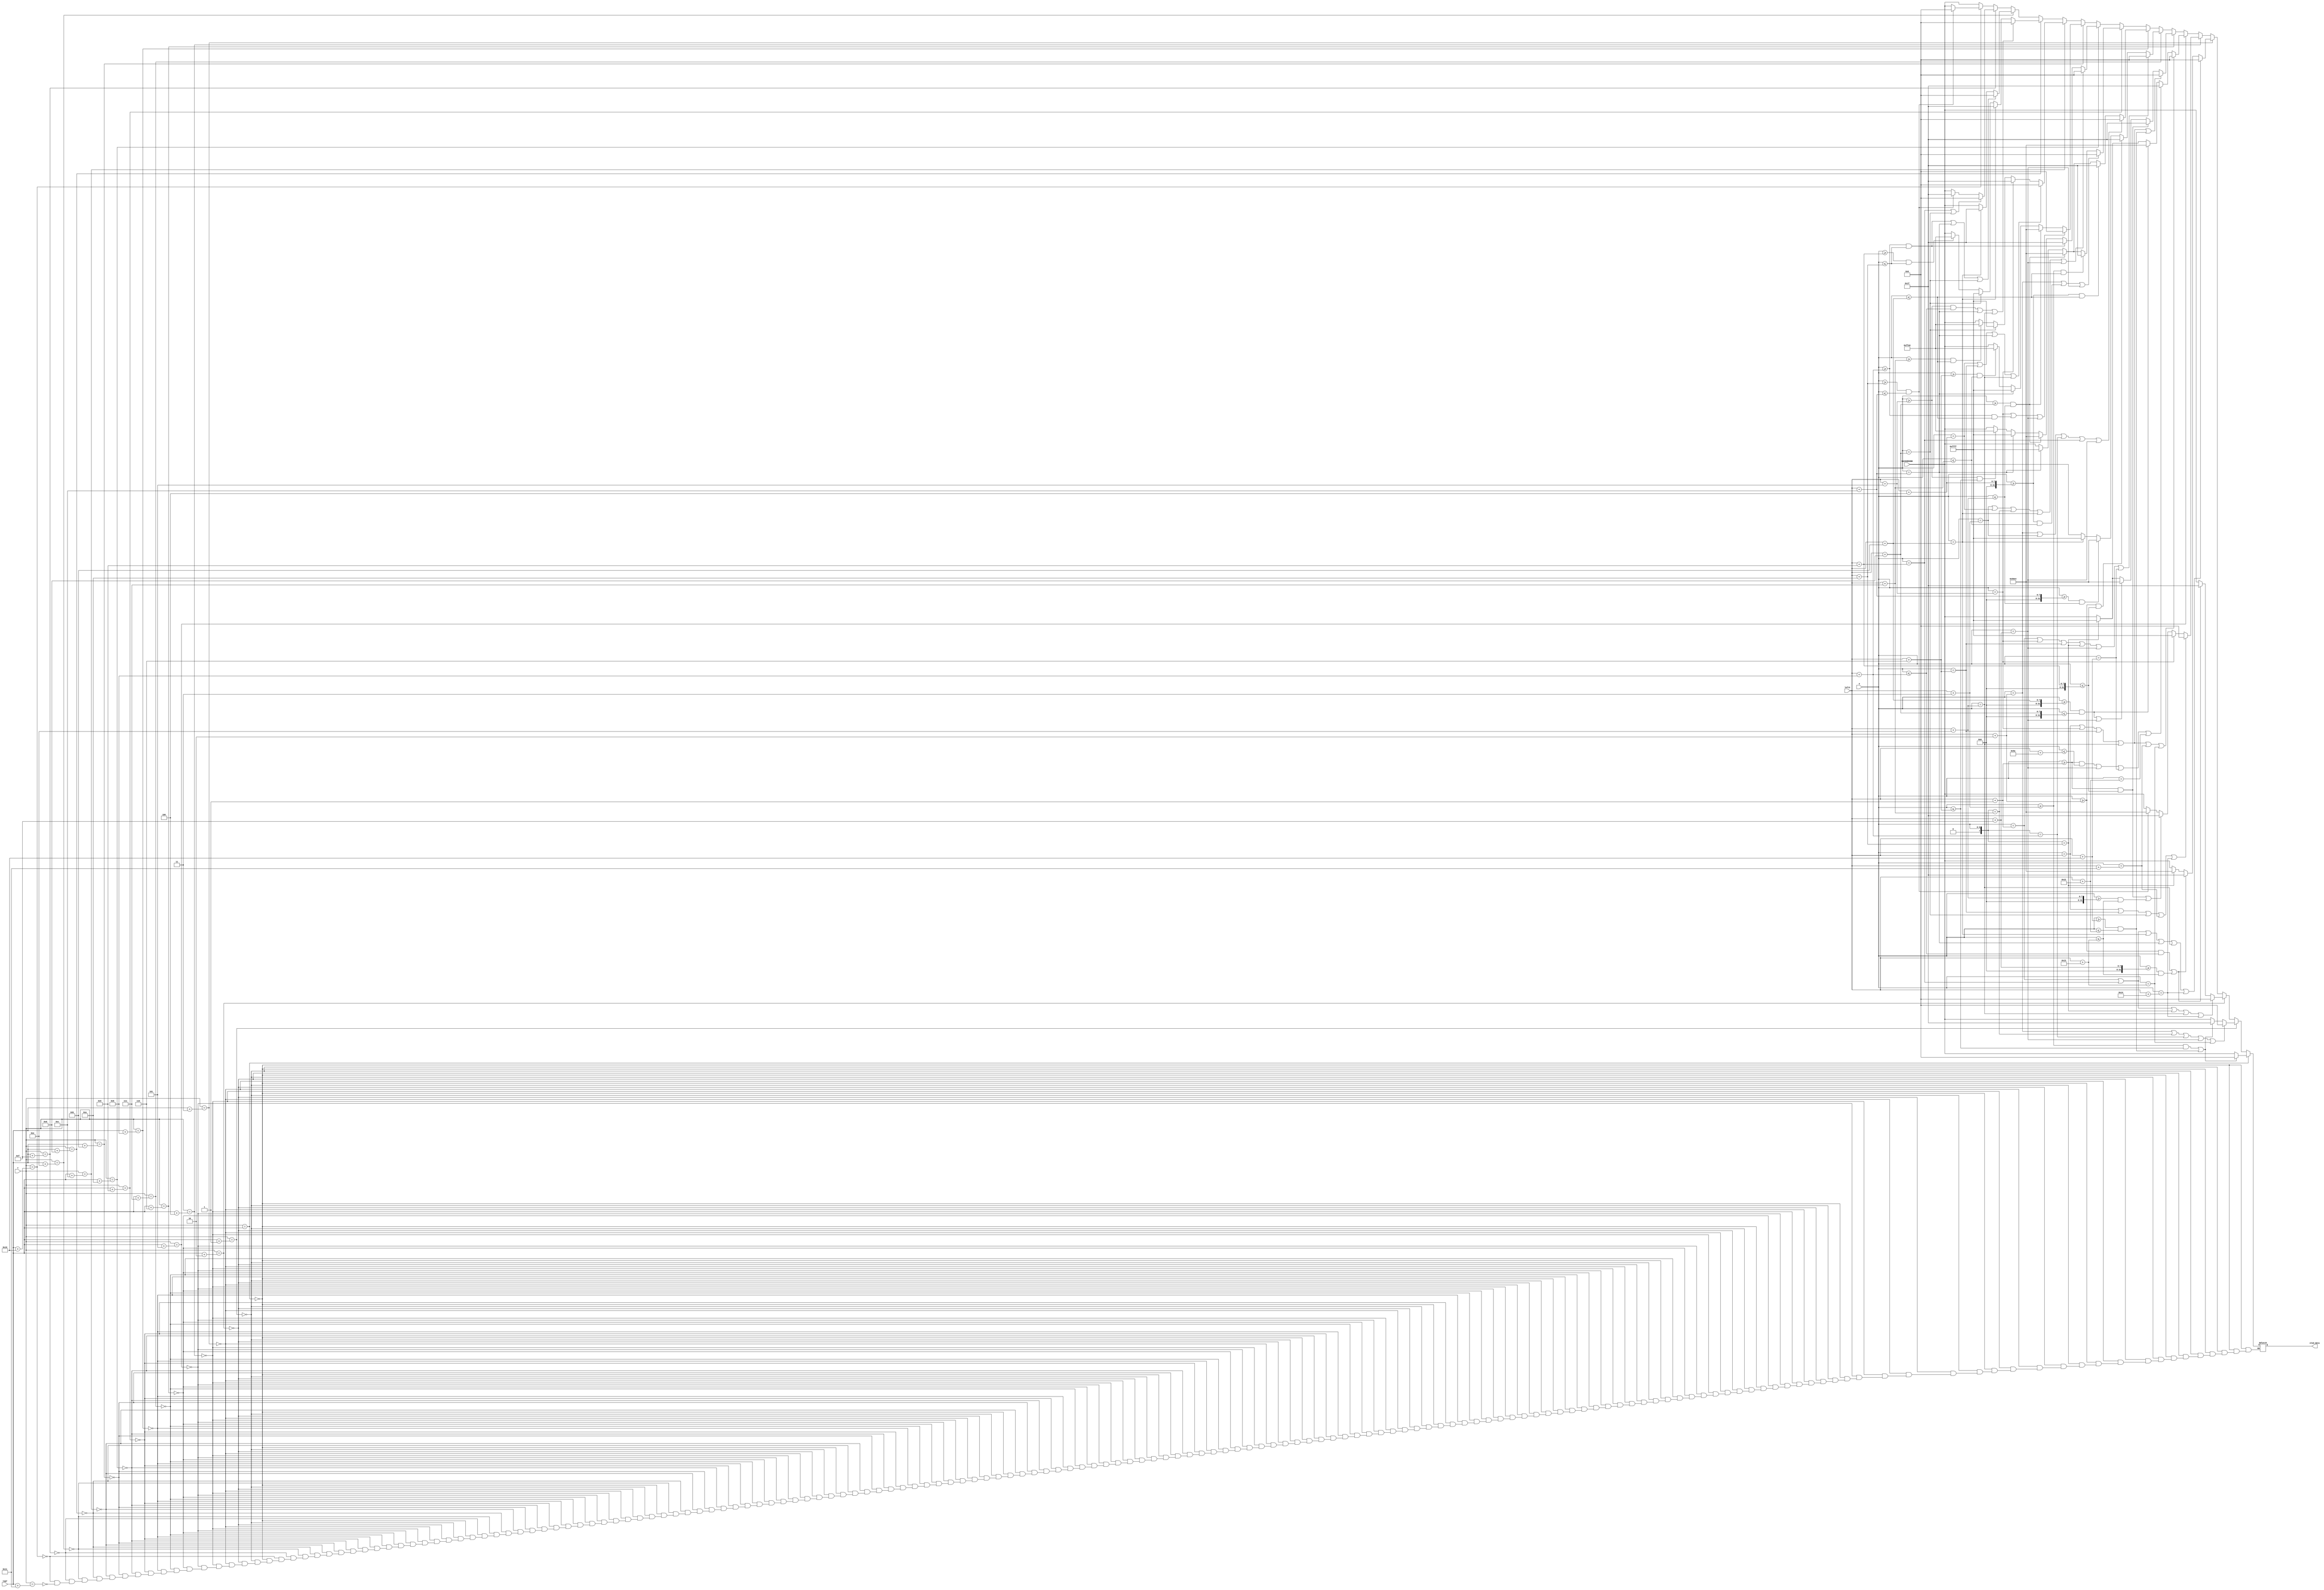
`timescale 1ns / 1ps
//////////////////////////////////////////////////////////////////////////////////
// Company: 
// Engineer: 
// 
// Design Name: 
// Module Name: Squirtle
// Project Name: 
// Target Devices: 
// Tool Versions: 
// Description: 
// 
// Dependencies: 
// 
// Revision:
// Revision 0.01 - File Created
// Additional Comments:
// 
//////////////////////////////////////////////////////////////////////////////////


module Squirtle(
    input[6:0] X, 
    input [5:0] Y, 
    input [6:0] leftX,  
    input [5:0] topY, 
    input [15:0] BACKGROUND,
    output reg [15:0] oled_data = 16'b0
    );
    parameter[15:0] BLACK  = 16'b0;
    parameter[15:0] WHITE = 16'b11111_111111_11111;
    parameter[15:0] MAGENTA = 16'b11111_000000_11111;
    parameter[15:0] CYAN = 16'b00000_111111_11111;
    parameter[15:0] YELLOW = 16'b11111_111111_00000;
    parameter[15:0] GREEN = 16'b00000_111111_00000;
    parameter[15:0] RED = 16'b11111_000000_00000;
    parameter[15:0] BLUE = 16'b00000_000000_11111;
    parameter[15:0] ORANGE = 16'b11111_100110_00000;
    parameter[15:0] GREY = 16'b01100_011000_01100;
    parameter[15:0] BROWN = 16'b01010_000111_00100;
    
    always @(X or Y) begin
        if (Y == topY) begin
            if ( (X >= leftX + 3 && X <= leftX + 6) || (X >= leftX + 16 && X <= leftX + 18)) oled_data = BLACK;
            else oled_data = BACKGROUND;
        end else if (Y == topY + 1) begin
            if (X == leftX + 2 || X == leftX + 7 || X == leftX + 8 || X == leftX + 15 || X == leftX + 19) oled_data = BLACK;
            else if ((X >= leftX + 3 && X <= leftX + 6) || (X >= leftX + 16 && X <= leftX + 18)) oled_data = BLUE;
            else oled_data = BACKGROUND;
        end else if (Y == topY + 2) begin
            if (X == leftX + 1 || X == leftX + 9 || X == leftX + 10 || X == leftX + 14 || X == leftX + 20) oled_data = BLACK;
            else if ((X >= leftX + 2 && X <= leftX + 8) || (X >= leftX + 15 && X <= leftX + 19)) oled_data = BLUE;
            else oled_data = BACKGROUND;
        end else if (Y == topY + 3) begin
            if (X == leftX + 1 || X == leftX + 9 || X == leftX + 11 || X == leftX + 12 || X == leftX + 14 || X == leftX + 20) oled_data = BLACK;
            else if ((X >= leftX + 2 && X <= leftX + 8) || (X >= leftX + 15 && X <= leftX + 19)) oled_data = BLUE;
            else if (X == leftX + 10) oled_data = BROWN;
            else oled_data = BACKGROUND;
        end else if (Y == topY + 4) begin
            if (X == leftX || X == leftX + 6 || X == leftX + 13 || X == leftX + 17 || X == leftX + 20) oled_data = BLACK;
            else if (X == leftX + 5) oled_data = WHITE;
            else if ((X >= leftX + 1 && X <= leftX + 9) ||  (X >= leftX + 14 && X <= leftX + 19)) oled_data = BLUE;
            else if (X >= leftX + 10 && X <= leftX + 12) oled_data = BROWN;
            else oled_data = BACKGROUND;
        end else if (Y == topY + 5) begin
            if (X == leftX || X == leftX + 5 || X == leftX + 6 || X == leftX + 14 || X == leftX + 17 || X == leftX + 19) oled_data = BLACK;
            else if ((X >= leftX + 1 && X <= leftX + 90) || X == leftX + 15 || X == leftX + 16 || X == leftX + 18) oled_data = BLUE;
            else if (X >= leftX + 11 && X <= leftX + 13) oled_data = BROWN;
            else if (X == leftX + 10) oled_data = WHITE;
            else oled_data = BACKGROUND;
        end else if (Y == topY + 6) begin
            if (X == leftX || X == leftX + 5 || X == leftX + 6 || X == leftX + 14 || (X >= leftX + 16 && X <= leftX + 18)) oled_data = BLACK;
            else if (X >= leftX + 1 && X <= leftX + 9) oled_data = BLUE;
            else if ((X >= leftX + 11 && X <= leftX + 13) || X == leftX + 15) oled_data = BROWN;
            else if (X == leftX + 10) oled_data = WHITE;
            else oled_data = BACKGROUND;
        end else if (Y == topY + 7) begin
            if (X == leftX + 1 || X == leftX + 5 || X == leftX + 6 || X == leftX + 10 || X == leftX + 15 || X == leftX + 16) oled_data = BLACK;
            else if (X >= leftX + 2 && X <= leftX + 9) oled_data = BLUE;
            else if (X >= leftX + 12 && X <= leftX + 14) oled_data = BROWN;
            else if (X == leftX + 11) oled_data = WHITE;
            else oled_data = BACKGROUND;
        end else if (Y == topY + 8) begin
            if (X == leftX + 2 || X == leftX + 3 || X == leftX + 8 || X == leftX + 9 || X == leftX + 15) oled_data = BLACK;
            else if (X >= leftX + 4 && X <= leftX + 11) oled_data = BLUE;
            else if (X >= leftX + 13 && X <= leftX + 14) oled_data = BROWN;
            else if (X == leftX + 12) oled_data = WHITE;
            else oled_data = BACKGROUND;
        end else if (Y == topY + 9) begin
            if (X == leftX + 2 || (X >= leftX + 4 && X <= leftX + 7) || X == leftX + 15) oled_data = BLACK;
            else if (X >= leftX + 3 && X <= leftX + 11) oled_data = BLUE;
            else if (X >= leftX + 13 && X <= leftX + 14) oled_data = BROWN;
            else if (X == leftX + 12) oled_data = WHITE;
            else oled_data = BACKGROUND;
        end else if (Y == topY + 10) begin
            if (X == leftX + 3 || X == leftX + 4 || X == leftX + 7 || X == leftX + 11 || X == leftX + 15) oled_data = BLACK;
            else if (X >= leftX + 8 && X <= leftX + 10) oled_data = BLUE;
            else if (X >= leftX + 13 && X <= leftX + 14) oled_data = BROWN;
            else if (X == leftX + 12) oled_data = WHITE;
            else if (X >= leftX + 5 && X <= leftX + 6) oled_data = YELLOW;
            else oled_data = BACKGROUND;
        end else if (Y == topY + 11) begin
            if (X == leftX + 5 || (X >= leftX + 8 && X <= leftX + 11) || X == leftX + 15) oled_data = BLACK;
            else if (X >= leftX + 13 && X <= leftX + 14) oled_data = BROWN;
            else if (X == leftX + 12) oled_data = WHITE;
            else if (X >= leftX + 6 && X <= leftX + 7) oled_data = YELLOW;
            else oled_data = BACKGROUND;
        end else if (Y == topY + 12) begin
            if (X == leftX + 4 || X == leftX + 6 || X == leftX + 12 || X == leftX + 14) oled_data = BLACK;
            else if (X == leftX + 5) oled_data = BLUE;
            else if (X == leftX + 13) oled_data = WHITE;
            else if (X >= leftX + 7 && X <= leftX + 11) oled_data = YELLOW;
            else oled_data = BACKGROUND;
        end else if (Y == topY + 13) begin
            if ((X >= leftX + 5 && X <= leftX + 8) || X == leftX + 12 || X == leftX + 14) oled_data = BLACK;
            else if (X == leftX + 11) oled_data = BLUE;
            else if (X == leftX + 13) oled_data = WHITE;
            else if (X >= leftX + 9 && X <= leftX + 10) oled_data = YELLOW;
            else oled_data = BACKGROUND;
        end else if (Y == topY + 14) begin
            if ((X >= leftX + 8 && X <= leftX + 10) || X == leftX + 12 || X == leftX + 13) oled_data = BLACK;
            else if (X == leftX + 11) oled_data = BLUE;
            else oled_data = BACKGROUND;
        end else if (Y == topY + 15) begin
            if (X == leftX + 9 || X == leftX + 13) oled_data = BLACK;
            else if ((X >= leftX + 10 && X <= leftX + 12)) oled_data = BLUE;
            else oled_data = BACKGROUND;
        end else if (Y == topY + 16) begin
            if ((X >= leftX + 10 && X <= leftX + 12)) oled_data = BLACK;
            else oled_data = BACKGROUND;
        end else if (Y == topY + 17) begin
            oled_data = BACKGROUND;
        end
    end
endmodule